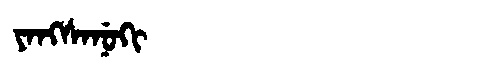
Manchu: ᠶᠠᠩᠰᠠᠨᡠᡴᡳ
Romanization: YANGSANUKI